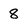
Character: 8